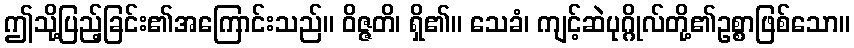
ဤသို့ပြည့်ခြင်း၏အကြောင်းသည်။ ဝိဇ္ဇတိ၊ ရှိ၏။ သေခံ၊ ကျင့်ဆဲပုဂ္ဂိုလ်တို့၏ဥစ္စာဖြစ်သော။